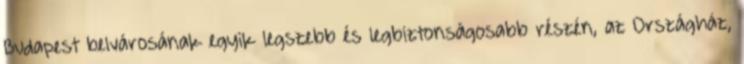
Budapest belvárosának egyik legszebb és legbiztonságosabb részén, az Országház,